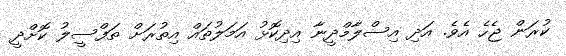
ކުރަން ޖެހެ އެވެ. އަދި އިސްލާމްދީނާ އިދިކޮޅު އަމަލުތައް އިތުރަށް ތަފްސީލު ކޮށްދީ